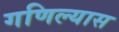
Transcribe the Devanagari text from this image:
गणिल्यास